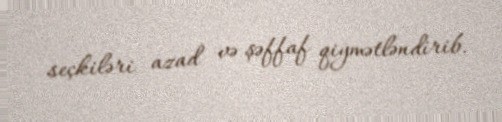
seçkiləri azad və şəffaf qiymətləndirib.